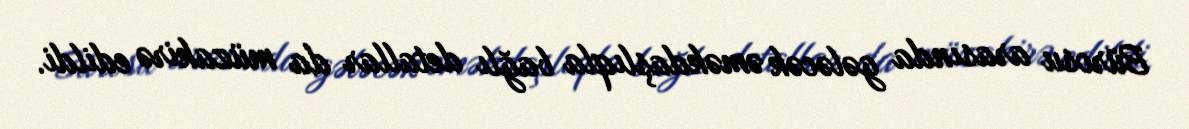
Bürosu arasında gələcək əməkdaşlıqla bağlı detallar da müzakirə edildi.